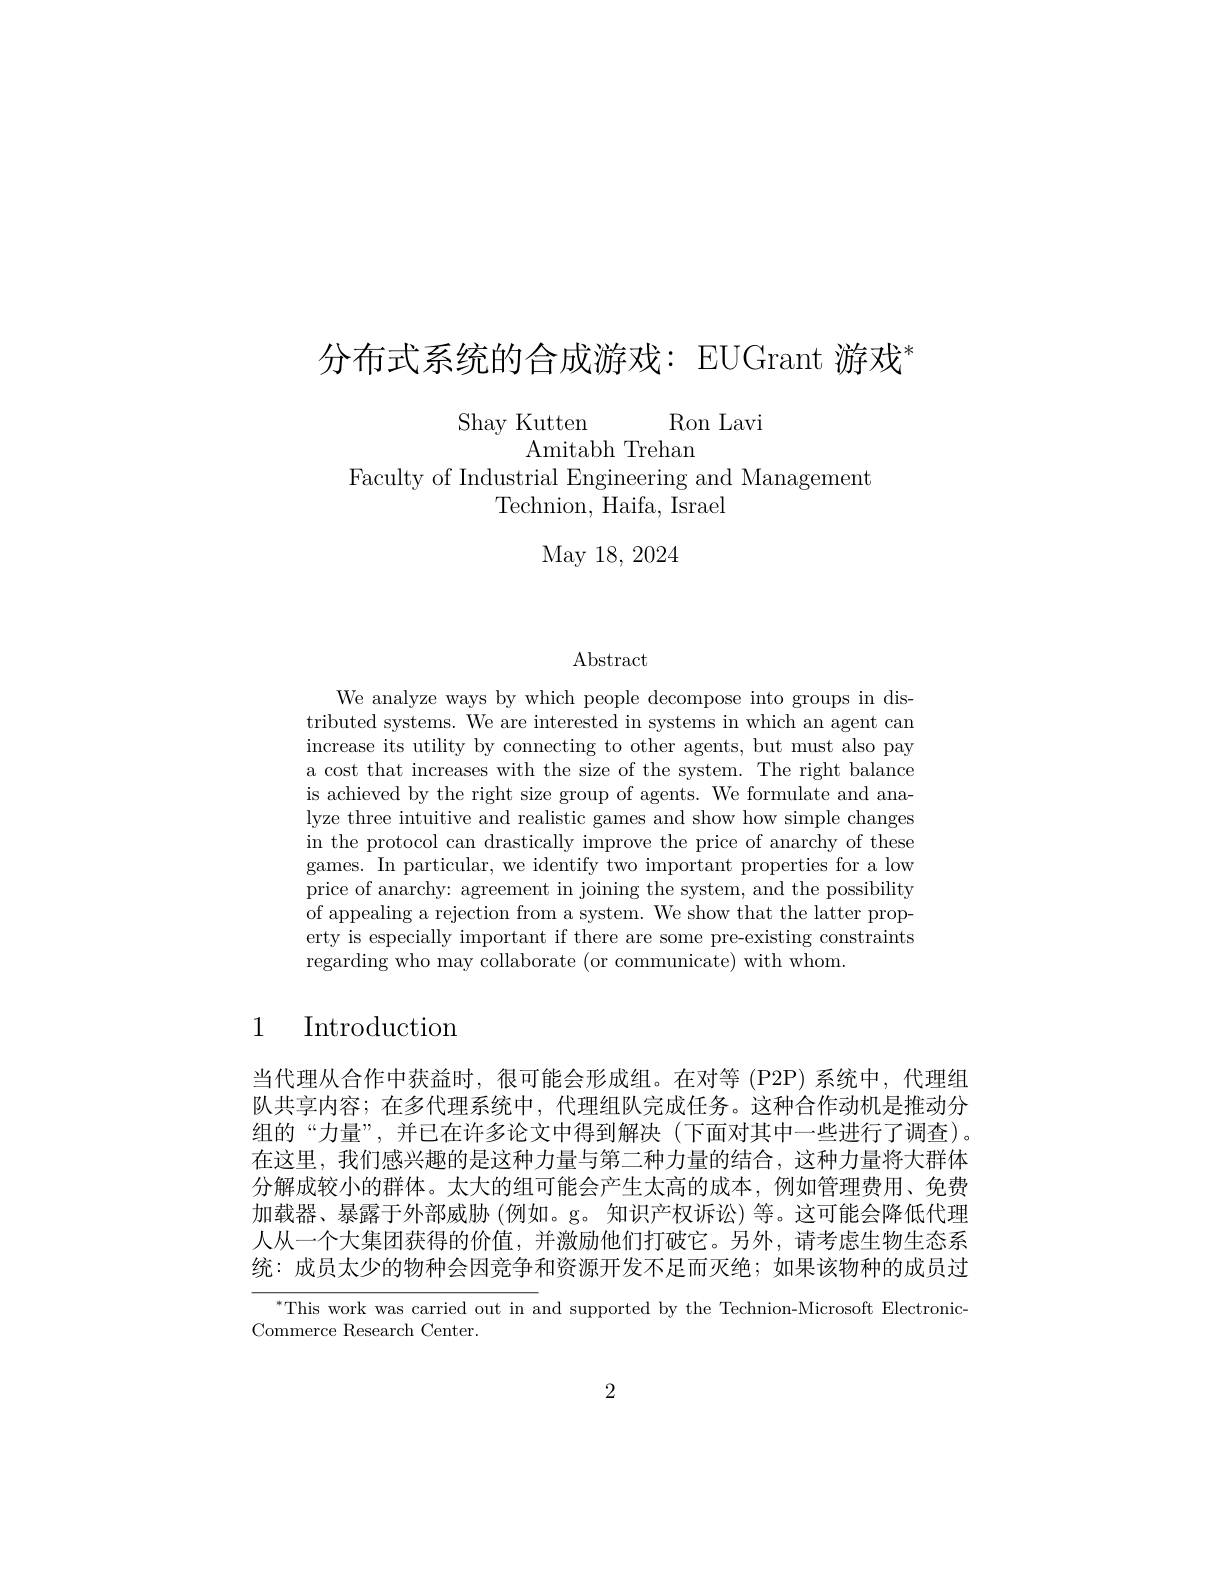
# 分布式系统的合成游戏：EUGrant 游戏"

Shay Kutten Ron Lavi
Amitabh Trehan
Faculty of Industrial Engineering and Management
Technion, Haifa, Israel
May 18, 2024

Abstract

We analyze ways by which people decompose into groups in distributed systems. We are interested in systems in which an agent can increase its utility by connecting to other agents, but must also pay a cost that increases with the size of the system. The right balance is achieved by the right size group of agents. We formulate and analyze three intuitive and realistic games and show how simple changes in the protocol can drastically improve the price of anarchy of these games. In particular, we identify two important properties for a low price of anarchy: agreement in joining the system, and the possibility of appealing a rejection from a system. We show that the latter property is especially important if there are some pre-existing constraints regarding who may collaborate (or communicate) with whom.

# 1 Introduction

当代理从合作中获益时，很可能会形成组。在对等(P2P)系统中，代理组队共享内容；在多代理系统中，代理组队完成任务。这种合作动机是推动分组的“力量”, 并已在许多论文中得到解决(下面对其中一些进行了调查)。在这里，我们感兴趣的是这种力量与第二种力量的结合，这种力量将大群体分解成较小的群体。太大的组可能会产生太高的成本，例如管理费用、免费加载器、暴露于外部威胁(例如。g。知识产权诉讼)等。这可能会降低代理人从一个大集团获得的价值，并激励他们打破它。另外，请考虑生物生态系统：成员太少的物种会因竞争和资源开发个足而火绝；如果该物种的成员过
$^*$This work was carried out in and supported by the Technion-Microsoft Electronic-

Commerce Research Center.

2